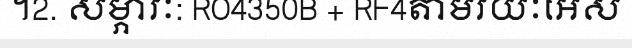
។2. សម្ភារៈ: RO4350B + RF4តាមរយៈអេស